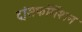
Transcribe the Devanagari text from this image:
ट्रांसफॉर्मेशन